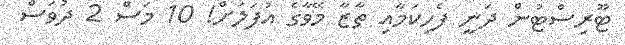
ޓޫރިސްޓުން ދަނީ ފެހިކަމާއި ތާޒާ މޭވާގެ އުފަލަށް! 10 މަސް 2 ދުވަސް